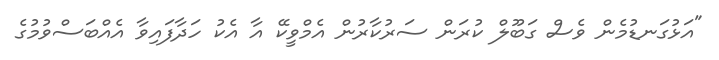
"އަޅުގަނޑުމެން ވެސް ގަބޫލް ކުރަން ސަރުކާރުން އެމްވީކޭ އާ އެކު ހަދާފައިވާ އެއްބަސްވުމުގެ